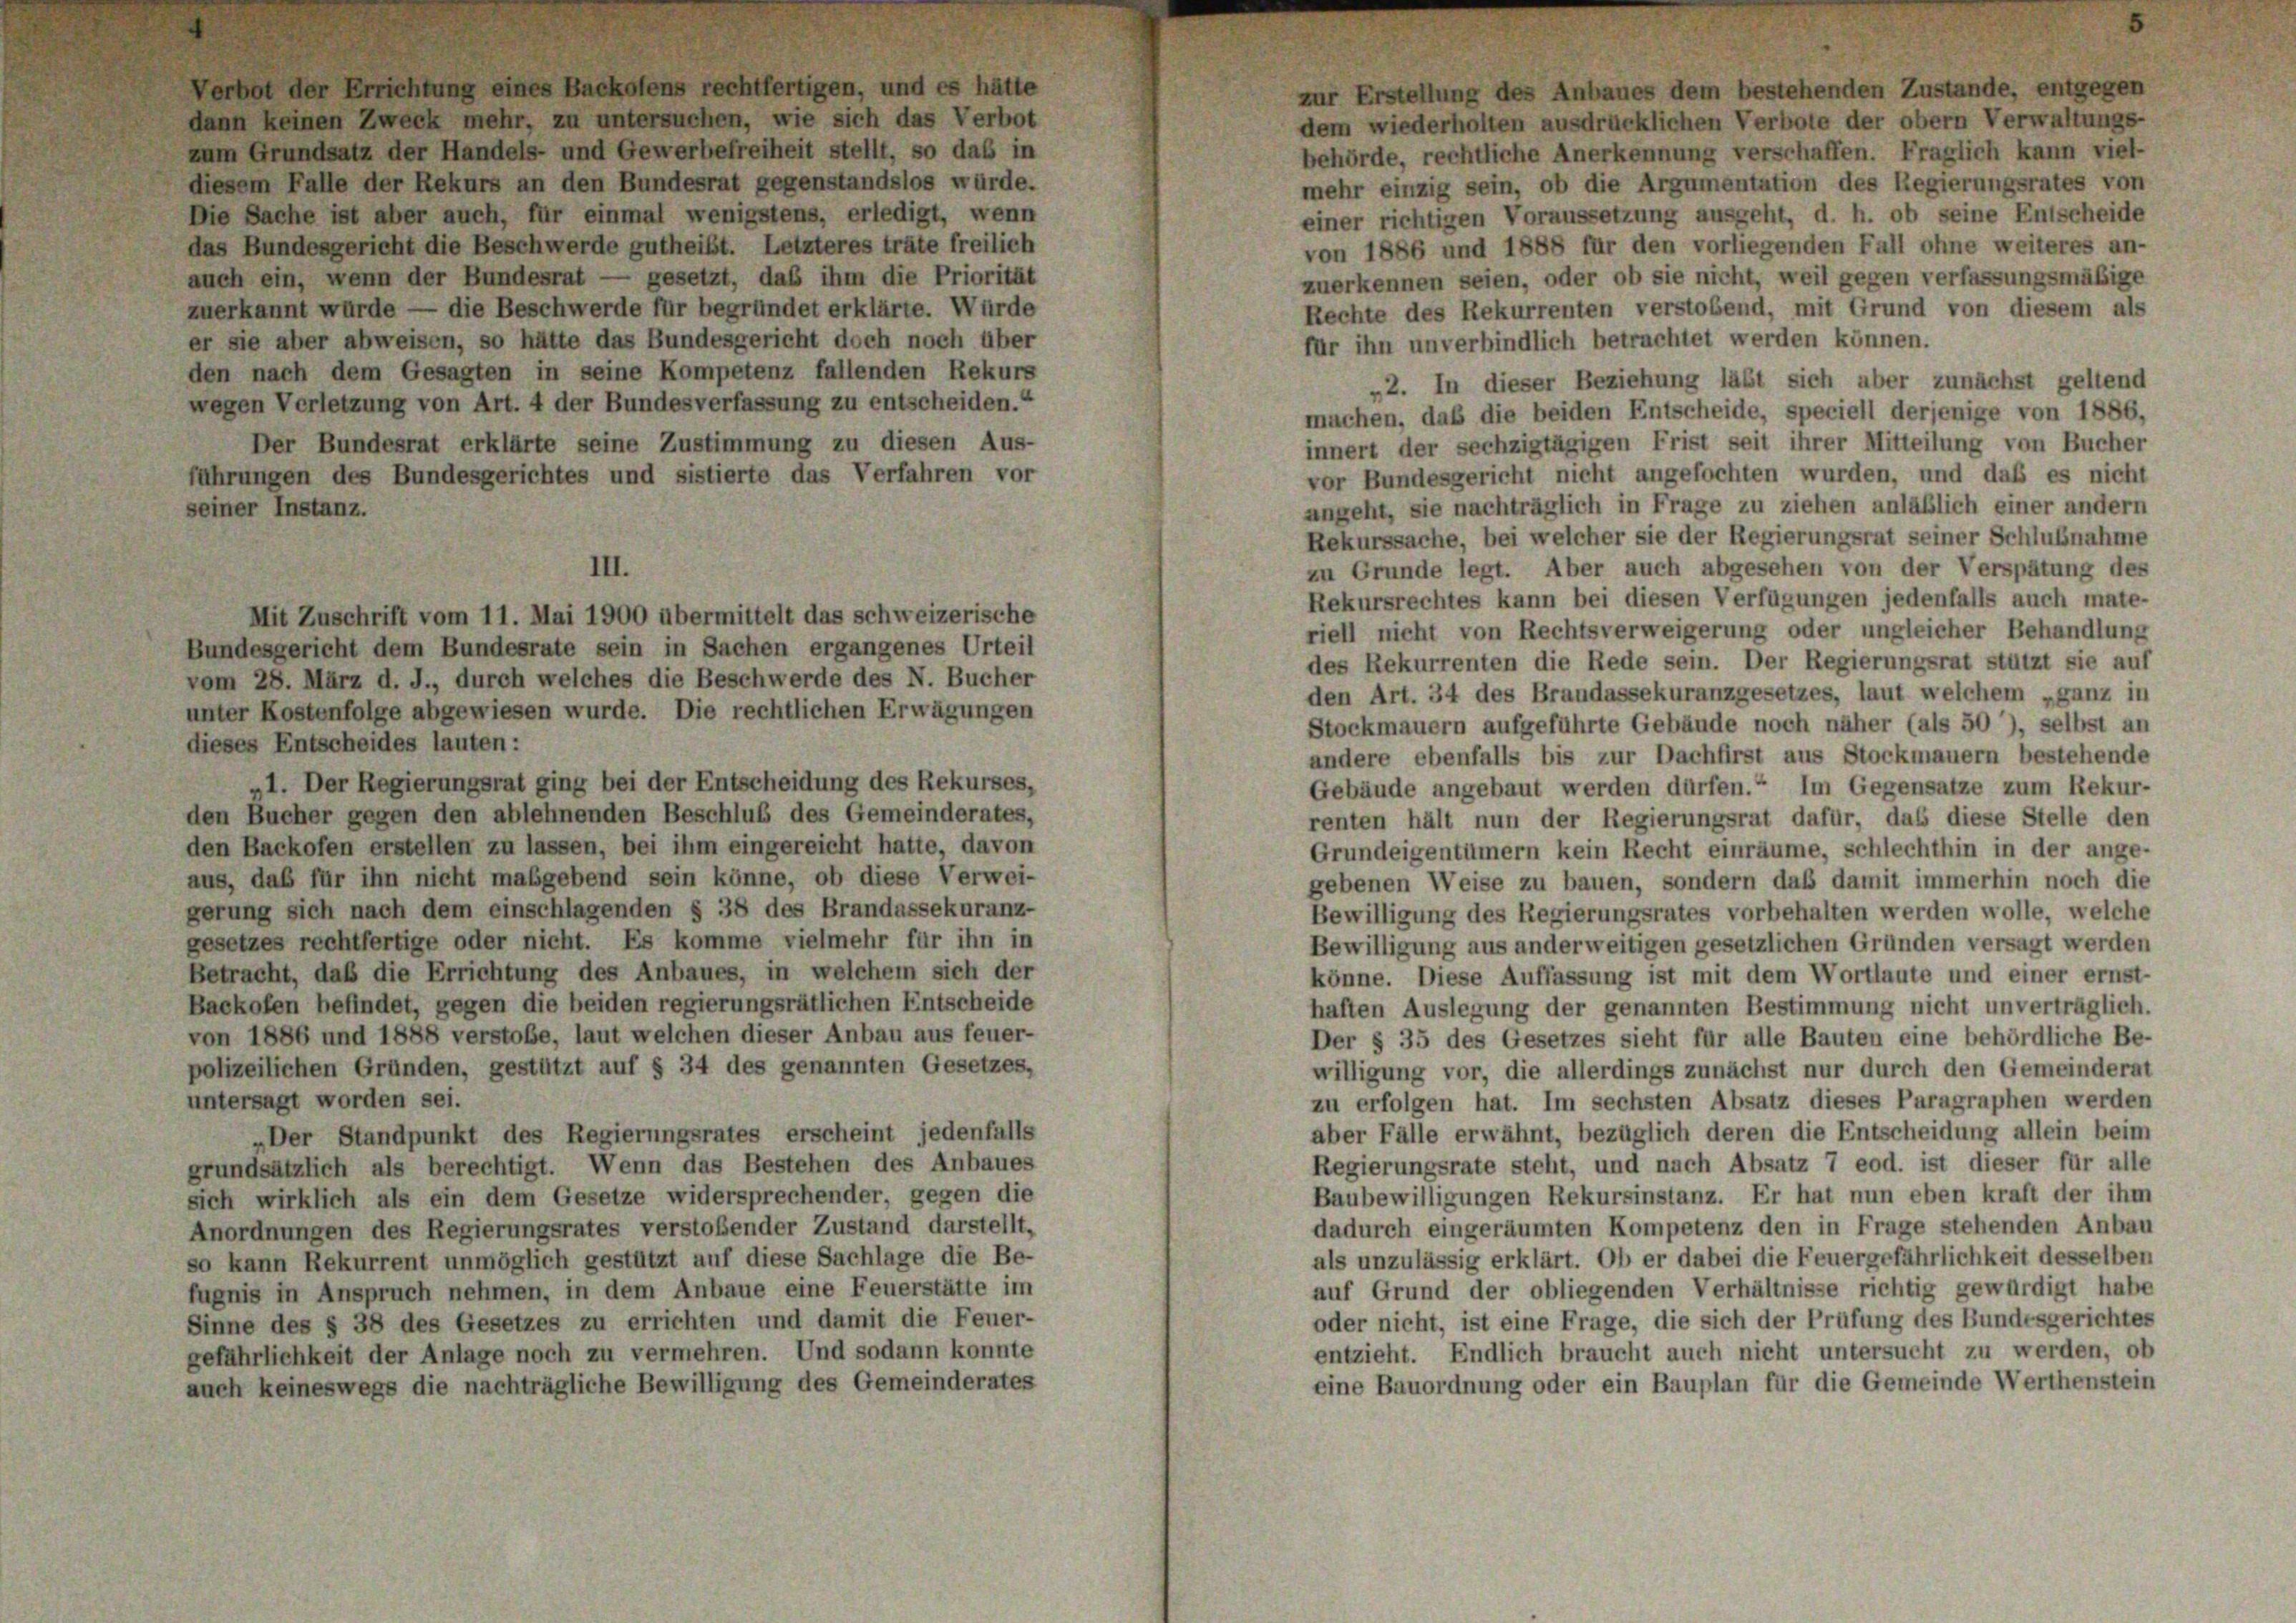
Verbot der Errichtung eines Backofens rechtfertigen, und es hätte
zur Erstellung des Anbaues dem bestehenden Zustande, entgegen
dann keinen Zweck mehr, zu untersuchen, wie sich das Verbot
dem wiederholten ausdrücklichen Verbote der obern Verwaltungs-
zum Grundsatz der Handels- und Gewerbefreiheit stellt, so das in
behörde, rechtliche Anerkennung verschaffen. Fraglich kann viel-
diesem Falle der Rekurs an den Bundesrat gegenstandslos würde.
mehr einzig sein, ob die Argumentation des Regierungsrates von
Die Sache ist aber auch, für einmal wenigstens, erledigt, wenn
einer richtigen Voraussetzung ausgeht, d. h. ob seine Entscheide
das Bundesgericht die Beschwerde gutheilt. Letzteres träte freilich
von 1886 und 1888 für den vorliegenden Fall ohne weiteres an-
auch ein, wenn der Bundesrat — gesetzt, daß ihm die Priorität
zuerkennen seien, oder ob sie nicht, weil gegen verfassungsmäßige
zuerkannt wurde — die Beschwerde für begründet erklärte. Würde
Rechte des Rekurrenten verstobend, mit Grund von diesem als
er sie aber abweisen, so hätte das Bundesgericht doch noch über
für ihn unverbindlich betrachtet werden können.
den nach dem Gesagten in seine Kompetenz fallenden Rekurs
„2. In dieser Beziehung läßt sich aber zunächst geltend
wegen Verletzung von Art. 4 der Bundesverfassung zu entscheiden.“
machen, daß die beiden Entscheide, speciell derjenige von 1886.
Der Bundesrat erklärte seine Zustimmung zu diesen Aus-
innert der sechzigtägigen Frist seit ihrer Mitteilung von Bucher
vor Bundesgericht nicht angefochten wurden, und daß es nicht
führungen des Bundesgerichtes und sistierte das Verfahren vor
angeht, sie nachträglich in Frage zu ziehen anläßlich einer andern
seiner Instanz.
Rekurssache, bei welcher sie der Regierungsrat seiner Schlußnahme
zu Grunde legt. Aber auch abgesehen von der Verspätung des
III.
Rekursrechtes kann bei diesen Verfügungen jedenfalls auch mate-
Mit Zuschrift vom 11. Mai 1900 übermittelt das schweizerische
riell nicht von Rechtsverweigerung oder ungleicher Behandlung
Bundesgericht dem Bundesrate sein in Sachen ergangenes Urteil
des Rekurrenten die Rede sein. Der Regierungsrat stützt sie auf
vom 28. März d. J., durch welches die Beschwerde des N. Bucher
den Art. 34 des Brandassekuranzgesetzes, laut welchem „ganz in
unter Kostenfolge abgewiesen wurde. Die rechtlichen Erwägungen
Stockmauern aufgeführte Gebäude noch näher (als 50), selbst an
dieses Entscheides lauten:
andere ebenfalls bis zur Dachfirst aus Stockmauern bestehende
„1. Der Regierungsrat ging bei der Entscheidung des Rekurses,
Gebäude angebaut werden dürfen.“ Im Gegensatze zum Rekur-
den Bucher gegen den ablehnenden Beschluß des Gemeinderates,
renten hält nun der Regierungsrat dafür, daß diese Stelle den
den Backofen erstellen zu lassen, bei ihm eingereicht hatte, davon
Grundeigentümern kein Recht einräume, schlechthin in der ange-
aus, daß für ihn nicht maßgebend sein könne, ob diese Verwei-
gebenen Weise zu bauen, sondern daß damit immerhin noch die
gerung sich nach dem einschlagenden § 38 des Brandassekuranz-
Bewilligung des Regierungsrates vorbehalten werden wolle, welche
gesetzes rechtfertige oder nicht. Es komme vielmehr für ihn in
Bewilligung aus anderweitigen gesetzlichen Gründen versagt werden
Betracht, daß die Errichtung des Anbaues, in welchem sich der
könne. Diese Auffassung ist mit dem Wortlaute und einer ernst
Backofen befindet, gegen die beiden regierungsrätlichen Entscheide
haften Auslegung der genannten Bestimmung nicht unverträglich.
von 1886 und 1888 verstobe, laut welchen dieser Anbau aus feuer-
Der § 35 des Gesetzes sieht für alle Bauten eine behördliche Be-
polizeilichen Gründen, gestützt auf § 34 des genannten Gesetzes,
willigung vor, die allerdings zunächst nur durch den Gemeinderat
untersagt worden sei.
zu erfolgen hat. Im sechsten Absatz dieses Paragraphen werden
aber Fälle erwähnt, bezüglich deren die Entscheidung allein beim
„Der Standpunkt des Regierungsrates erscheint jedenfalls
Regierungsrate steht, und nach Absatz 7 eod. ist dieser für alle
grundsätzlich als berechtigt. Wenn das Bestehen des Anbaues
Baubewilligungen Rekursinstanz. Er hat nun eben kraft der ihm
sich wirklich als ein dem Gesetze widersprechender, gegen die
dadurch eingeräumten Kompetenz den in Frage stehenden Anbau
Anordnungen des Regierungsrates verstoßender Zustand darstellt.
als unzulässig erklärt. Ob er dabei die Feuergefährlichkeit desselben
so kann Rekurrent unmöglich gestützt auf diese Sachlage die Be-
auf Grund der obliegenden Verhältnisse richtig gewürdigt habe
fugnis in Anspruch nehmen, in dem Anbaue eine Feuerstätte im
oder nicht, ist eine Frage, die sich der Prüfung des Bundesgerichtes
Sinne des § 38 des Gesetzes zu errichten und damit die Feuer-
entzieht. Endlich braucht auch nicht untersucht zu werden, ob
gefährlichkeit der Anlage noch zu vermehren. Und sodann konnte
eine Bauordnung oder ein Bauplan für die Gemeinde Werthenstein
auch keineswegs die nachträgliche Bewilligung des Gemeinderates